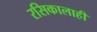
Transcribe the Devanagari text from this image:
रसिकालाही